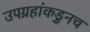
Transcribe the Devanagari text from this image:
उपग्रहांकडुनच